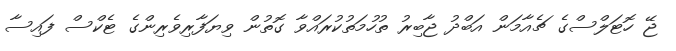
ޖޭ ހޮޓަލްސްގެ ޗެއާމަން އަބްދު ޖާބިރު ތުހުމަތުކުރައްވާ ގޮތުން ވިޔަފާރިވެރިންގެ ޓެކްސް ފައިސާ